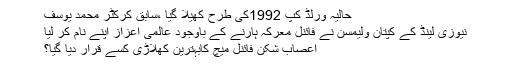
حالیہ ورلڈ کپ 1992کی طرح کھیلا گیا ،سابق کرکٹر محمد یوسف
نیوزی لینڈ کے کپتان ولیمسن نے فائنل معرکہ ہارنے کے باوجود عالمی اعزاز اپنے نام کر لیا
اعصاب شکن فائنل میچ کابہترین کھلاڑی کسے قرار دیا گیا؟